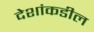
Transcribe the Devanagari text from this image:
देशांकडील